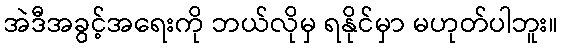
အဲဒီအခွင့်အရေးကို ဘယ်လိုမှ ရနိုင်မှာ မဟုတ်ပါဘူး။